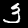
Digit: 3